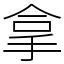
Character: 拿